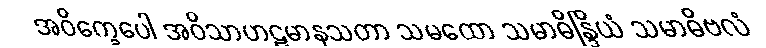
အဝိက္ခေပေါ အဝိသာဟဋမာနသတာ သမထော သမာဓိန္ဒြိယံ သမာဓိဗလံ